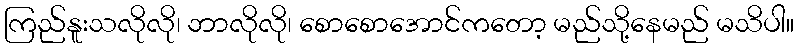
ကြည်နူးသလိုလို၊ ဘာလိုလို၊ စောစောအောင်ကတော့ မည်သို့နေမည် မသိပါ။